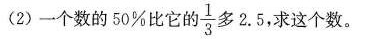
(2)一个数的50%比它的 \frac{1}{3} 多2.5，求这个数。